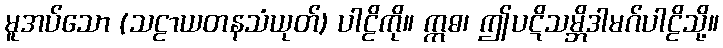
မူအပ်သော (သဠာယတနသံယုတ်) ပါဠိကို။ ဣဓ၊ ဤပဋိသမ္ဘိဒါမဂ်ပါဠိသို့။